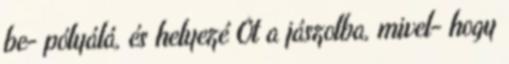
be− pólyálá, és helyezé Őt a jászolba, mivel− hogy